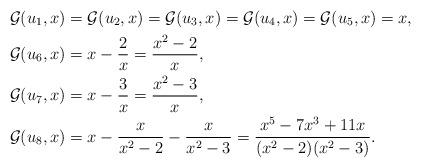
LaTeX: \begin{align*} \mathcal{G}(u_1, x) &= \mathcal{G}(u_2, x) = \mathcal{G}(u_3, x) = \mathcal{G}(u_4, x) = \mathcal{G}(u_5, x) = x ,\\ \mathcal{G}(u_6, x) &= x - \frac{2}{x} = \dfrac{x^2-2}{x} ,\\ \mathcal{G}(u_7, x) &= x - \frac{3}{x} = \dfrac{x^2-3}{x} ,\\ \mathcal{G}(u_8, x) &= x - \frac{x}{x^2-2} - \frac{x}{x^2-3} = \frac{x^5-7x^3 +11x}{(x^2-2)(x^2-3)} .\end{align*}